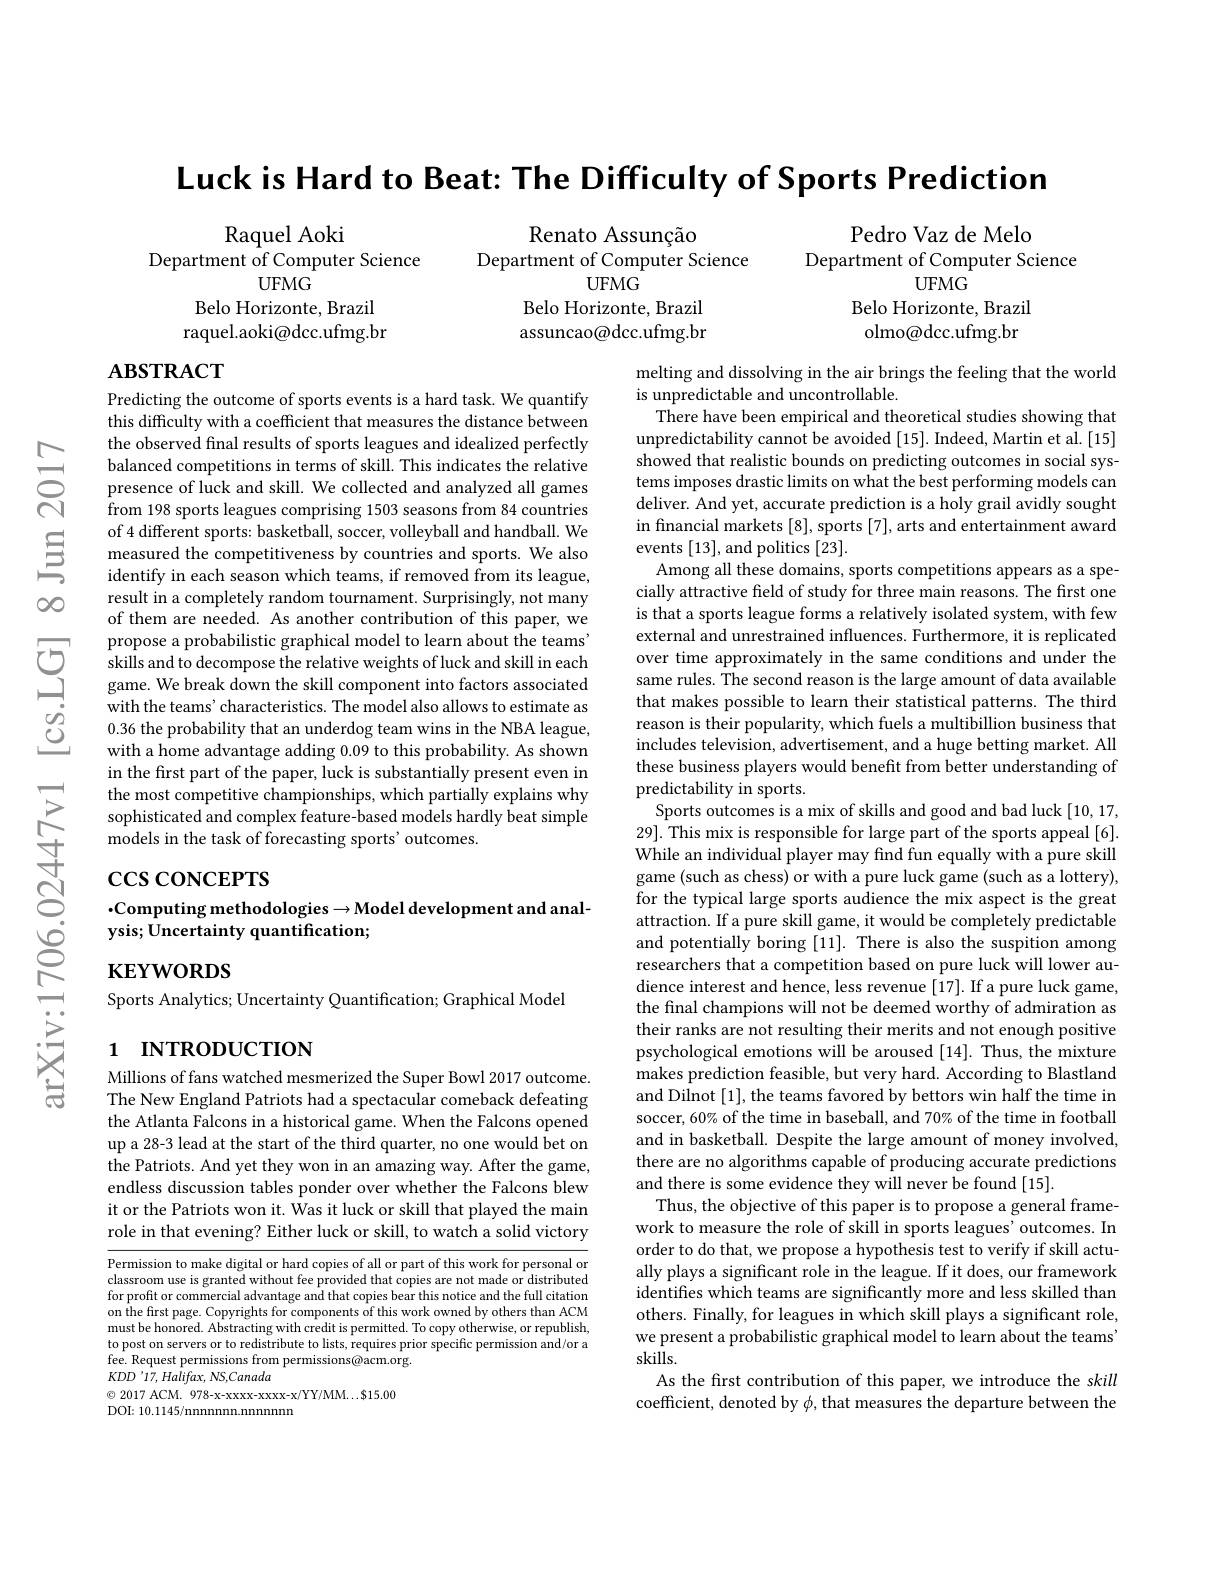
Luck is Hard to Beat: The Difficulty of Sports Prediction

Raquel Aoki
Department of Computer Science
UFMG
Belo Horizonte, Brazil raquel.aoki@dcc.ufmg.br

Renato Assunção
Department of Computer Science
UFMG
Belo Horizonte, Brazil assuncao@dcc.ufmg.br

Pedro Vaz de Melo
Department of Computer Science
UFMG
Belo Horizonte, Brazil olmo@dcc.ufmg.br

# $\mathbf{ABSTRACT}$

Predicting the outcome of sports events is a hard task. We quantify this difficulty with a coefficient that measures the distance between the observed final results of sports leagues and idealized perfectly balanced competitions in terms of skill. This indicates the relative presence of luck and skill. We collected and analyzed all games from 198 sports leagues comprising 1503 seasons from 84 countries of 4 different sports: basketball, soccer, volleyball and handball. We measured the competitiveness by countries and sports. We also identify in each season which teams, if removed from its league, result in a completely random tournament. Surprisingly, not many of them are needed. As another contribution of this paper, we propose a probabilistic graphical model to learn about the teams' skills and to decompose the relative weights of luck and skill in each game. We break down the skill component into factors associated with the teams' characteristics. The model also allows to estimate as 0.36 the probability that an underdog team wins in the NBA league, with a home advantage adding 0.09 to this probability. As shown in the first part of the paper, luck is substantially present even in the most competitive championships, which partially explains why sophisticated and complex feature-based models hardly beat simple models in the task of forecasting sports' outcomes.

$\csc\csc$coNCEPTS

melting and dissolving in the air brings the feeling that the world
is unpredictable and uncontrollable
There have been empirical and theoretical studies showing that unpredictability cannot be avoided [15]. Indeed, Martin et al. [15] showed that realistic bounds on predicting outcomes in social systems imposes drastic limits on what the best performing models can deliver. And yet, accurate prediction is a holy grail avidly sought in financial markets [8], sports [7], arts and entertainment award events [13],and politics [23].
Among all these domains, sports competitions appears as specially attractive field of study for three main reasons. The first one is that a sports league forms a relatively isolated system, with few external and unrestrained influences. Furthermore, it is replicated over time approximately in the same conditions and under the same rules. The second reason is the large amount of data available that makes possible to learn their statistical patterns. The third reason is their popularity, which fuels a multibillion business that includes television, advertisement, and a huge betting market. All these business players would benefit from better understanding of predictability in sports.
Sports outcomes is a mix of skills and good and bad luck [10,17, 29].This mix is responsible for large part of the sports appeal [6]. While an individual player may find fun equally with a pure skill game (such as chess) or with a pure luck game (such as a lottery), for the typical large sports audience the mix aspect is the great attraction. If a pure skill game, it would be completely predictable and potentially boring [11]. There is also the suspition among researchers that a competition based on pure luck will lower audience interest and hence, less revenue [17]. If a pure luck game, the final champions will not be deemed worthy of admiration as their ranks are not resulting their merits and not enough positive psychological emotions will be aroused [14]. Thus, the mixture makes prediction feasible, but very hard. According to Blastland and Dilnot [1], the teams favored by bettors win half the time in soccer, 60% of the time in baseball, and 70% of the time in football and in basketball. Despite the large amount of money involved, there are no algorithms capable of producing accurate predictions and there is some evidence they will never be found [15].
Thus, the objective of this paper is to propose a general framework to measure the role of skill in sports leagues' outcomes. In order to do that, we propose a hypothesis test to verify if skill actually plays a significant role in the league. If it does, our framework identifies which teams are significantly more and less skilled than others. Finally, for leagues in which skill plays a significant role, we present a probabilistic graphical model to learn about the teams skills.
As the first contribution of this paper, we introduce the skill coefficient, denoted by $\phi$, that measures the departure between the

## $\cdot$Computing methodologies$\to$Model development and analysis; Uncertainty quantification;

$\mathbf{KEYWORDS}$
Sports Analytics; Uncertainty Quantification; Graphical Model

# 1 INTRODUCTION

Millions of fans watched mesmerized the Super Bowl 2017 outcome. The New England Patriots had a spectacular comeback defeating the Atlanta Falcons in a historical game. When the Falcons opened up a 28-3 lead at the start of the third quarter, no one would bet on the Patriots. And yet they won in an amazing way. After the game, endless discussion tables ponder over whether the Falcons blew it or the Patriots won it. Was it luck or skill that played the main role in that evening? Either luck or skill, to watch a solid victory

Permission to make digital or hard copies of all or part of this work for personal or classroom use is granted without fee provided that copies are not made or distributed for profit or commercial advantage and that copies bear this notice and the full citation on the frst page. Copyrights for components of this work owned by others than ACM must be honored. Abstracting with credit is permitted. To copy otherwise, or republish, to post on servers or to redistribute to lists, requires prior specific permission and/or a fee. Request permissions from permissions@acm.org.
$KDD$ '17, Halifax, NS,Canada
$\odot2017$ ACM. 978-x-xxxxx-xxxx-x/YY/MM...$15.00
DOI: 10.1145/nnnnnnn.nnnnnn